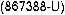
(867388-U)